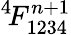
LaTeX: ^4\! F_{1234}^{n+1}